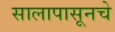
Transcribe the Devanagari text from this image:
सालापासूनचे